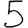
Digit: 5